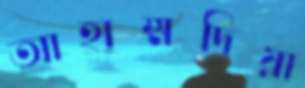
আহাম্মদিয়া